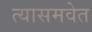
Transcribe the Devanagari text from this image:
त्यासमवेत